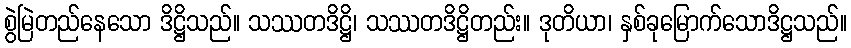
စွဲမြဲတည်နေသော ဒိဋ္ဌိသည်။ သဿတဒိဋ္ဌိ၊ သဿတဒိဋ္ဌိတည်း။ ဒုတိယာ၊ နှစ်ခုမြောက်သောဒိဋ္ဌသည်။